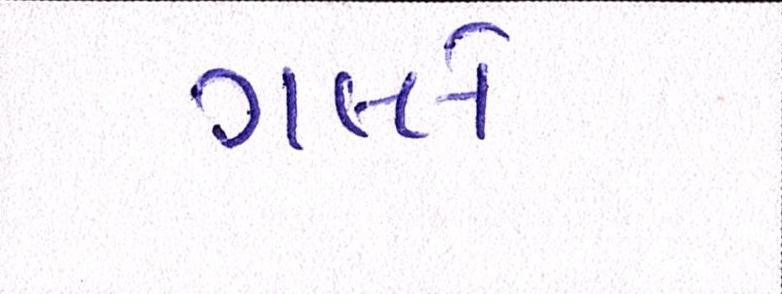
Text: ગલ્લે